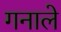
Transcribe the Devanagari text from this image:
गनाले